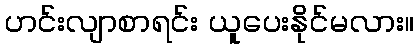
ဟင်းလျာစာရင်း ယူပေးနိုင်မလား။